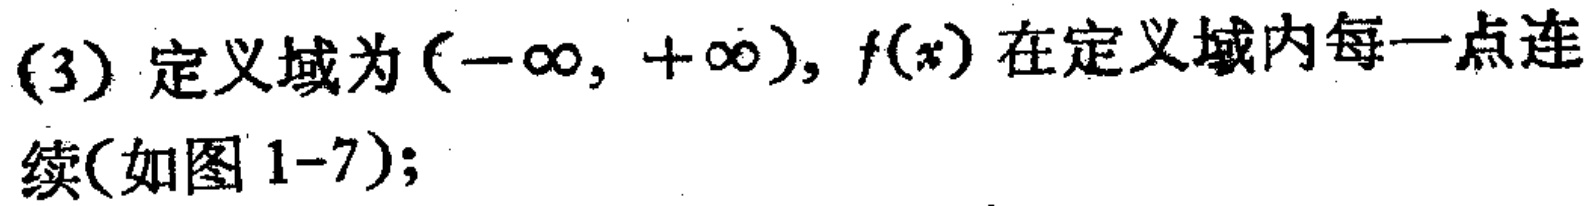
(3) 定义域为\((-\infty, +\infty)\)，\(f(x)\)在定义域内每一点连续(如图 1-7);